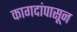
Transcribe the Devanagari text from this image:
कागदांपासून